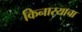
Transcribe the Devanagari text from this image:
किनार्‍याचा